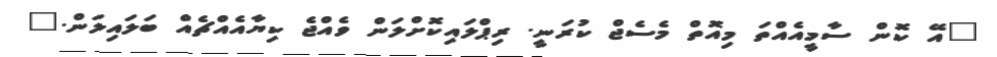
"އޭ ކޮން ސާމީއެއްތަ މިއޮތް މެސެޖް ކުރަނީ. ރިޕްލައިކޮށްލަން ވެއްޖެ ކިޔާއެއްޗެއް ބަލައިލަން."